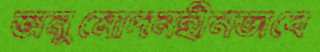
অনুমোদনহীনভাবে